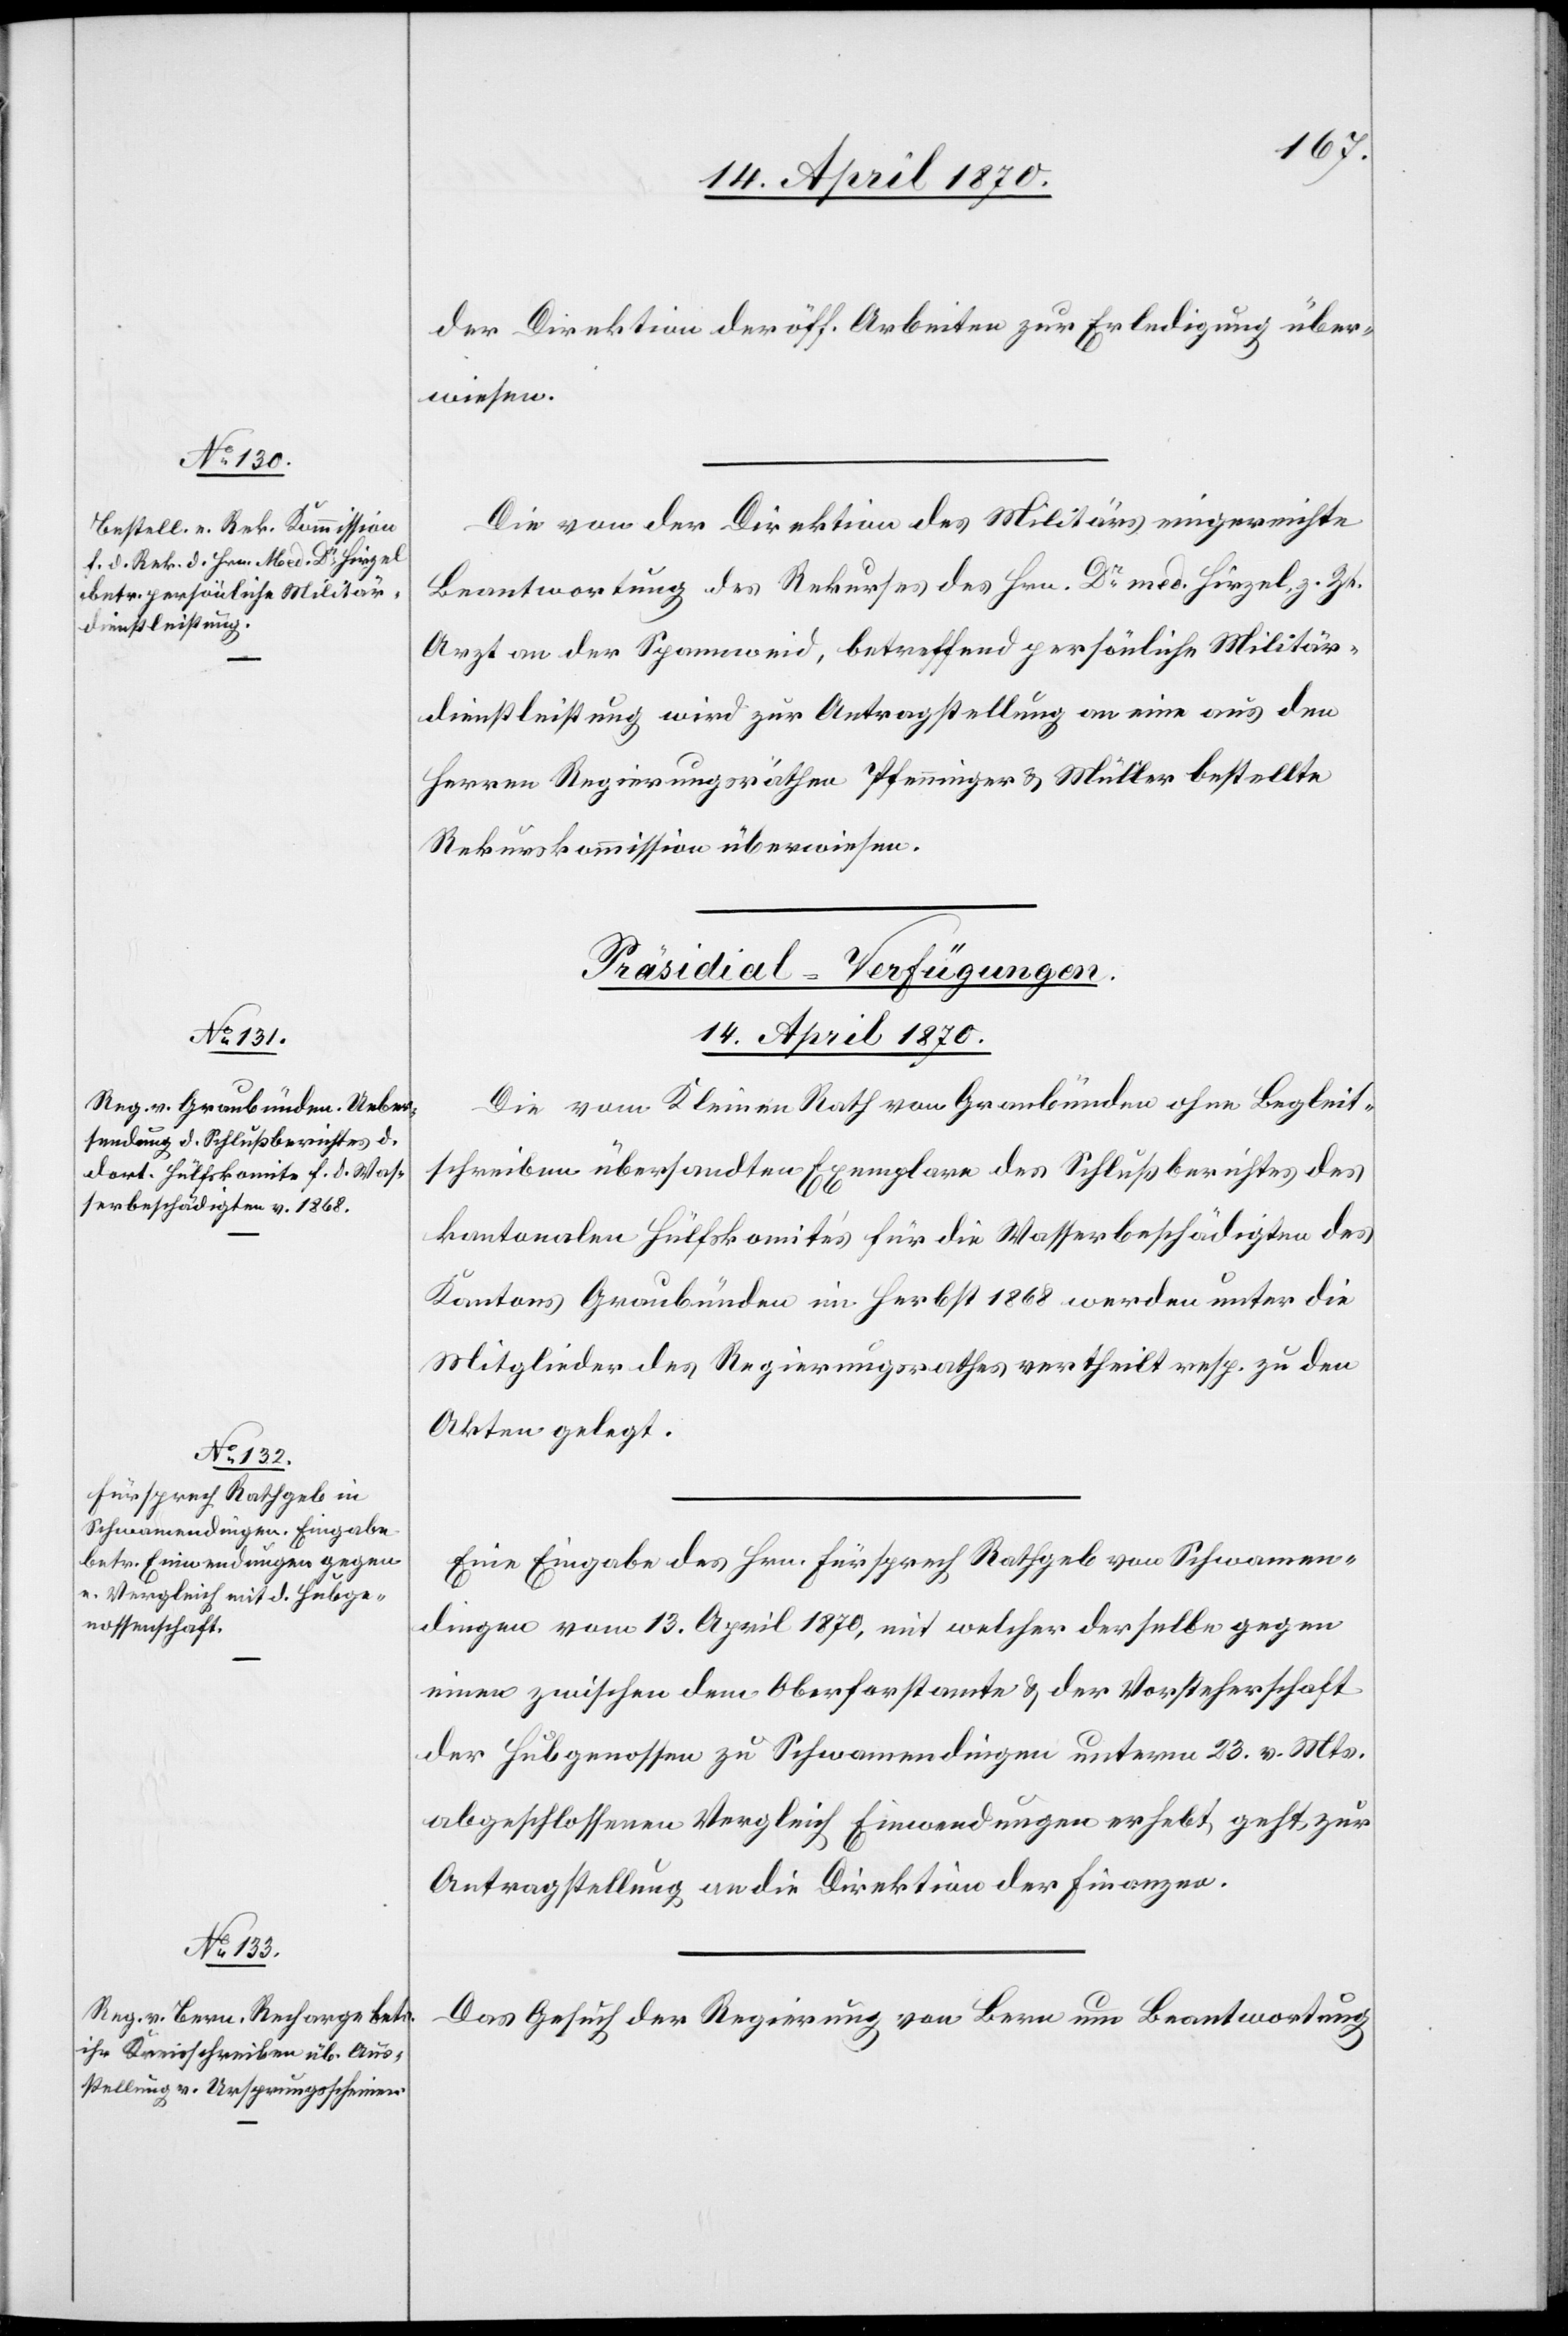
14. April 1870.]
der Direktion der öff. Arbeiten zur Erledigung über¬
wiesen.
Die von der Direktion des Militärs eingereichte
Beantwortung des Rekurses des Hrn. Dr med. Hirzel, z. Zt.
Arzt an der Spannweid, betreffend persönliche Militär¬
dienstleistung wird zur Antragstellung an eine aus den
Herren Regierungsräthen Pfenninger & Müller bestellte
Rekurskommission überwiesen.
[Präsidial-Verfügungen.
Die vom Kleinen Rath von Graubünden ohne Begleit¬
schreiben übersandten Exemplare des Schlußberichtes des
kantonalen Hülfskomités für die Wasserbeschädigten des
Kantons Graubünden im Herbst 1868 werden unter die
Mitglieder des Regierungsrathes vertheilt resp. zu den
Akten gelegt.
Eine Eingabe des Hrn. Fürsprech Rathgeb von Schwamen¬
dingen vom 13. April 1870, mit welcher derselbe gegen
einen zwischen dem Oberforstamte & der Vorsteherschaft
der Hubgenossen zu Schwamendingen unterm 23. v. Mts.
abgeschlossenen Vergleich Einwendungen erhebt, geht zur
Antragstellung an die Direktion der Finanzen.
Das Gesuch der Regierung von Bern um Beantwortung